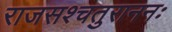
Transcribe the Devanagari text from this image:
राजसश्चतुराननः